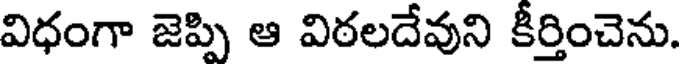
విధంగా జెప్పి ఆ విఠలదేవుని కీర్తించెను.